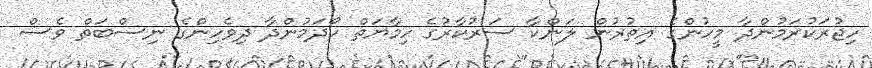
ހިޖުރަކުރަމުންދާ މީހުންގެ އިތުރުން ލަންކާ ސަރުކާރުގެ ހިމާޔަތް ހޯދަމުންދާ ދިވެހިންގެ ނިސްބަތް ވެސް